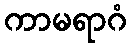
ကာမရာဂံ